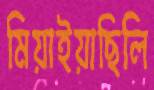
মিয়াইয়াছিলি